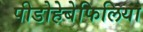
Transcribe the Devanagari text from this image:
पीडोहेबेफिलिया